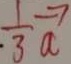
\frac { 1 } { 3 } \overrightarrow { a }